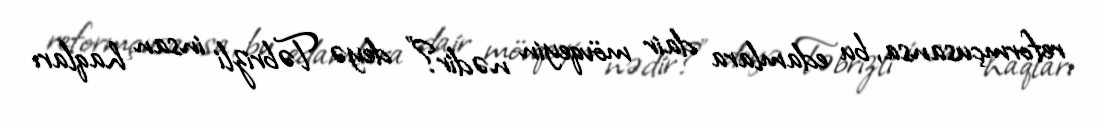
reformçusansa, bu edamlara dair mövqeyin nədir?” deyə Təbrizli insan haqları